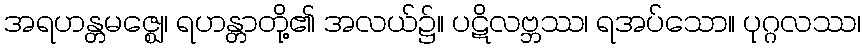
အရဟန္တမဇ္ဈေ၊ ရဟန္တာတို့၏ အလယ်၌။ ပဋိလဗ္ဘဿ၊ ရအပ်သော။ ပုဂ္ဂလဿ၊